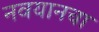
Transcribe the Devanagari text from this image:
नवयानचा